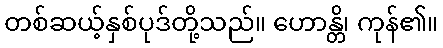
တစ်ဆယ့်နှစ်ပုဒ်တို့သည်။ ဟောန္တိ၊ ကုန်၏။